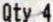
QTY 4